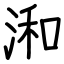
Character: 𣷓